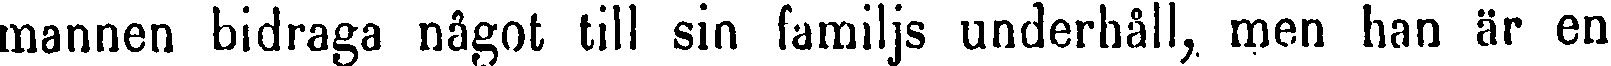
mannen bidraga något till sin familjs underhåll, men han är en